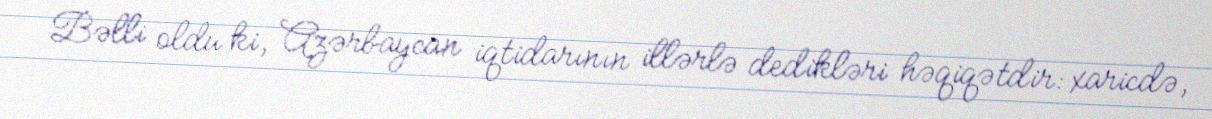
Bəlli oldu ki, Azərbaycan iqtidarının illərlə dedikləri həqiqətdir: xaricdə,